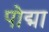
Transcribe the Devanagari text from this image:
पोद्मा